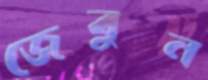
জেবুন